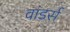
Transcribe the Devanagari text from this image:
वांडर्स